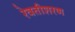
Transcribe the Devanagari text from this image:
रेवतीशरण